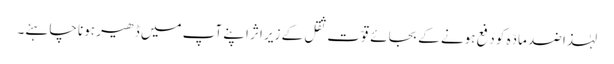
لہٰذا ضد مادّہ کو دفع ہونے کے بجائے قوّت ثقل کے زیر اثر اپنے آپ میں ڈھیر ہونا چاہئے۔